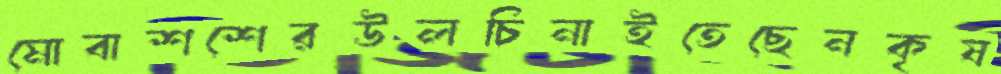
মোবাশশেরউলচিনাইতেছেনকৃষ